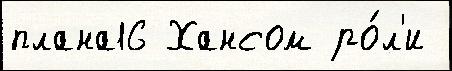
плана16 Хансом ро́л'и